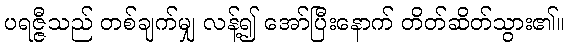
ပရဇ္ဇီသည် တစ်ချက်မျှ လန့်၍ အော်ပြီးနောက် တိတ်ဆိတ်သွား၏။